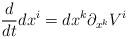
LaTeX: \begin{align*}{d\over dt}dx^i = dx^k \partial_{x^k}V^i\end{align*}